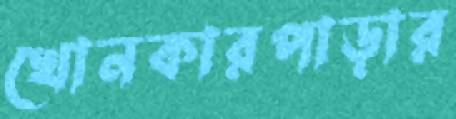
খোনকারপাড়ার